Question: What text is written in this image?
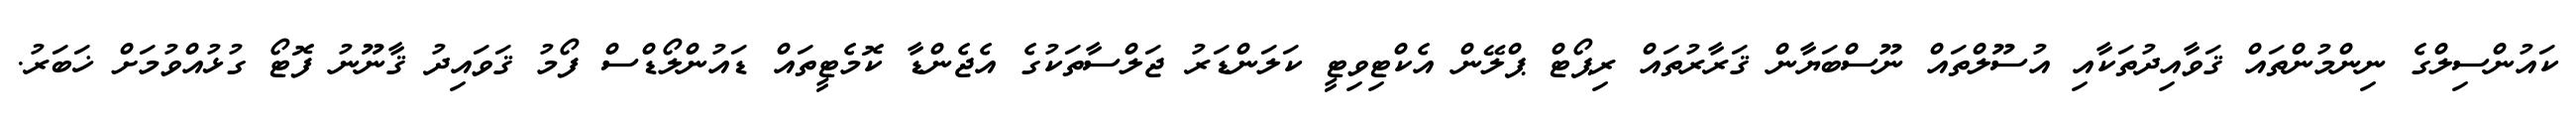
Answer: ކައުންސިލްގެ ނިންމުންތައް ޤަވާއިދުތަކާއި އުސޫލްތައް ނޫސްބަޔާން ޤަރާރުތައް ރިޕޯޓް ޕްލޭން އެކްޓިވިޓީ ކަލަންޑަރު ޖަލްސާތަކުގެ އެޖެންޑާ ކޮމެޓީތައް ޑައުންލޯޑްސް ފޯމު ޤަވައިދު ޤާނޫނު ފޮޓޯ ގުޅުއްވުމަށް ޚަބަރު.